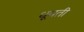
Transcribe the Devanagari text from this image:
धूवती